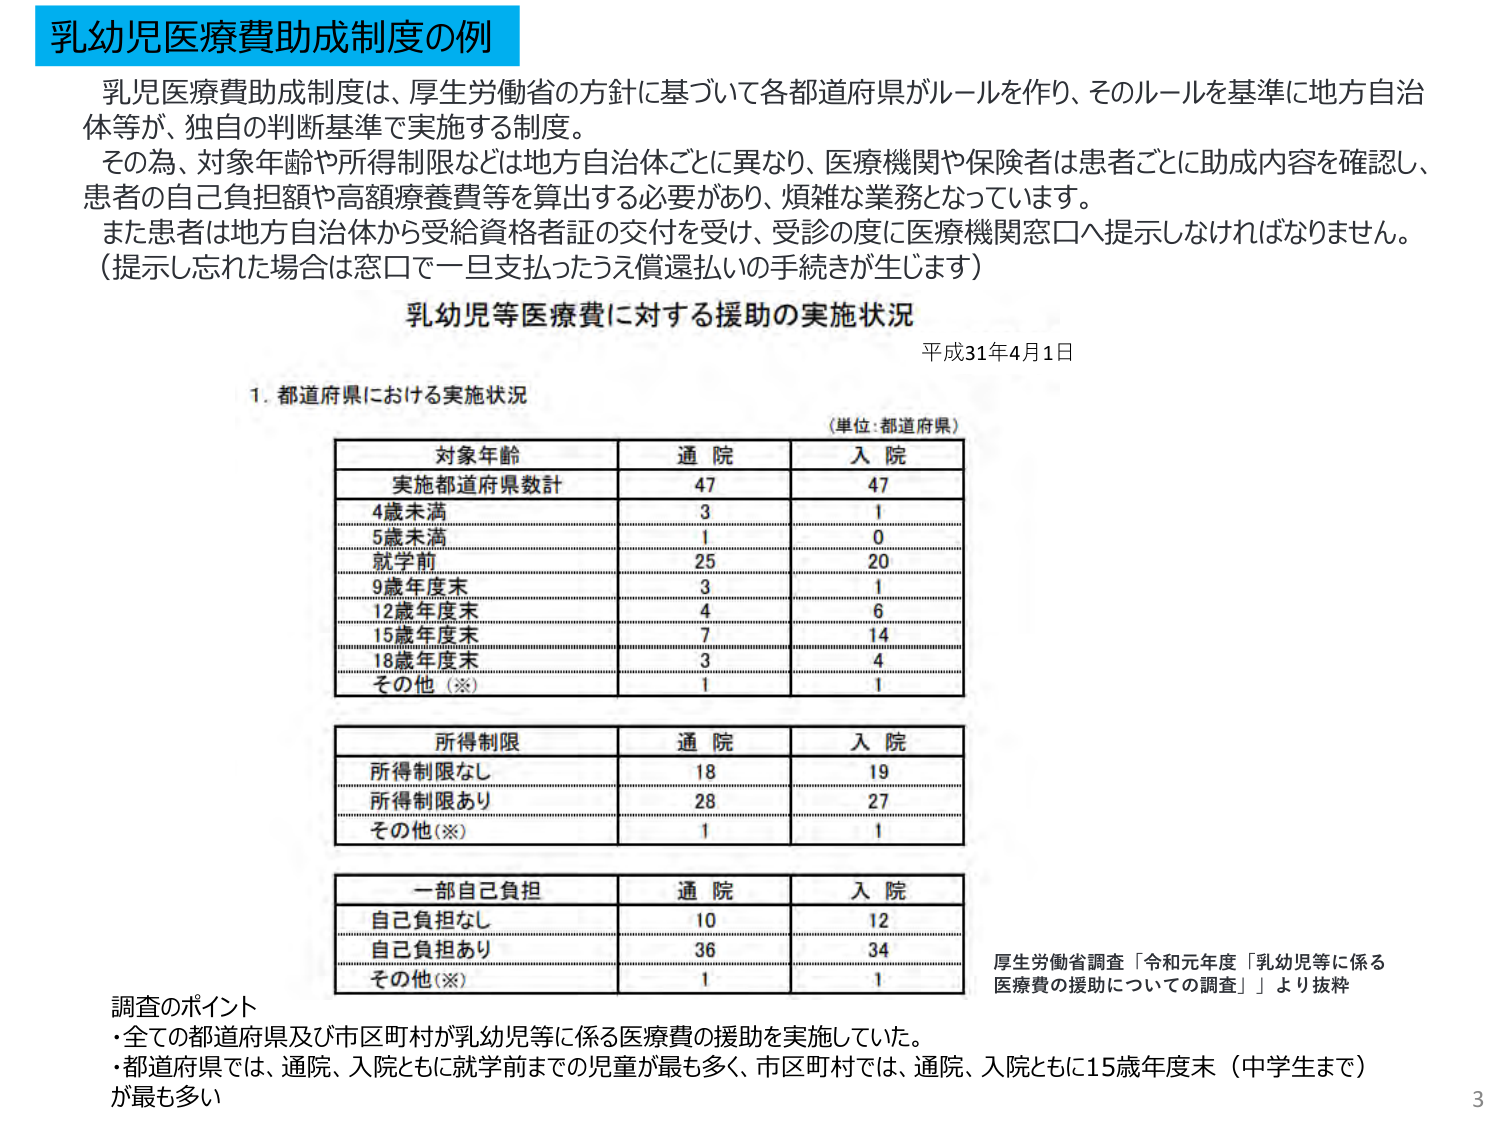
乳幼児医療費助成制度の例

乳児医療費助成制度は、厚生労働省の方針に基づいて各都道府県がルールを作り、そのルールを基準に地方自治体等が、独自の判断基準で実施する制度。
その為、対象年齢や所得制限等は地方自治体ごとに異なり、医療機関や保険者は患者ごとに助成内容を確認し、患者の自己負担額や高額療養費等を算出する必要があり、煩雑な業務となっています。
また患者は地方自治体から受給資格者証の交付を受け、受診の度に医療機関窓口へ提示しなければなりません。
（提示し忘れた場合は窓口で一旦支払ったうえ償還払いの手続きが生じます）

乳幼児等医療費に対する援助の実施状況
平成31年4月1日

1. 都道府県における実施状況
（単位：都道府県）

対象年齢　　通院　　入院
実施都道府県数計　　47　　47
4歳未満　　3　　1
5歳未満　　1　　0
就学前　　25　　20
9歳年度末　　3　　1
12歳年度末　　4　　6
15歳年度末　　7　　14
18歳年度末　　3　　4
その他（※）　　1　　1

所得制限　　通院　　入院
所得制限なし　　18　　19
所得制限あり　　28　　27
その他（※）　　1　　1

一部自己負担　　通院　　入院
自己負担なし　　10　　12
自己負担あり　　36　　34
その他（※）　　1　　1

調査のポイント
・全ての都道府県及び市区町村が乳幼児等に係る医療費の援助を実施していた。
・都道府県では、通院、入院ともに就学前までの児童が最も多く、市区町村では、通院、入院ともに15歳年度末（中学生まで）が最も多い

厚生労働省調査「令和元年度「乳幼児等に係る医療費の援助についての調査」」より抜粋

3